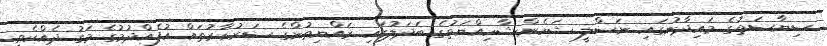
ސިޔާސަތުގެ މައިދާނުގައި ނަސްލީ ޝަހެންޝާހިއްޔަތުގެ ބަދަލުގައި ރައްޔިތުންގެ ސަރުކާރުތައް އުފެއްދުމުގެ މަގު ދެއްކެވީ